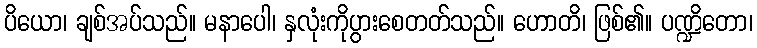
ပိယော၊ ချစ်အပ်သည်။ မနာပေါ၊ နှလုံးကိုပွားစေတတ်သည်။ ဟောတိ၊ ဖြစ်၏။ ပဏ္ဍိတော၊